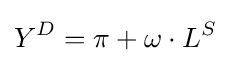
Y^{D}=\pi +\omega \cdot L^{S}